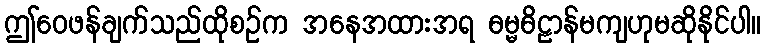
ဤဝေဖန်ချက်သည်ထိုစဉ်က အနေအထားအရ ဓမ္မဓိဠာန်မကျဟုမဆိုနိုင်ပါ။